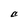
Character: C